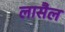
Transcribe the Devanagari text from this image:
लासैल